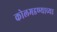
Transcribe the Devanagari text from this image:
कोलमडण्याच्या